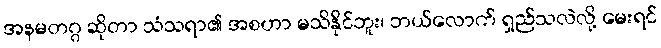
အနမတဂ္ဂ ဆိုတာ သံသရာ၏ အစဟာ မသိနိုင်ဘူး၊ ဘယ်လောက် ရှည်သလဲလို့ မေးရင်